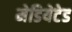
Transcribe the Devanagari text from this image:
मेडियेटेड